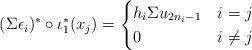
LaTeX: \begin{align*}(\Sigma\epsilon_i)^*\circ\iota_1^*(x_j)=\begin{cases}h_i\Sigma u_{2n_i-1}&i=j\\0&i\ne j\end{cases}\end{align*}